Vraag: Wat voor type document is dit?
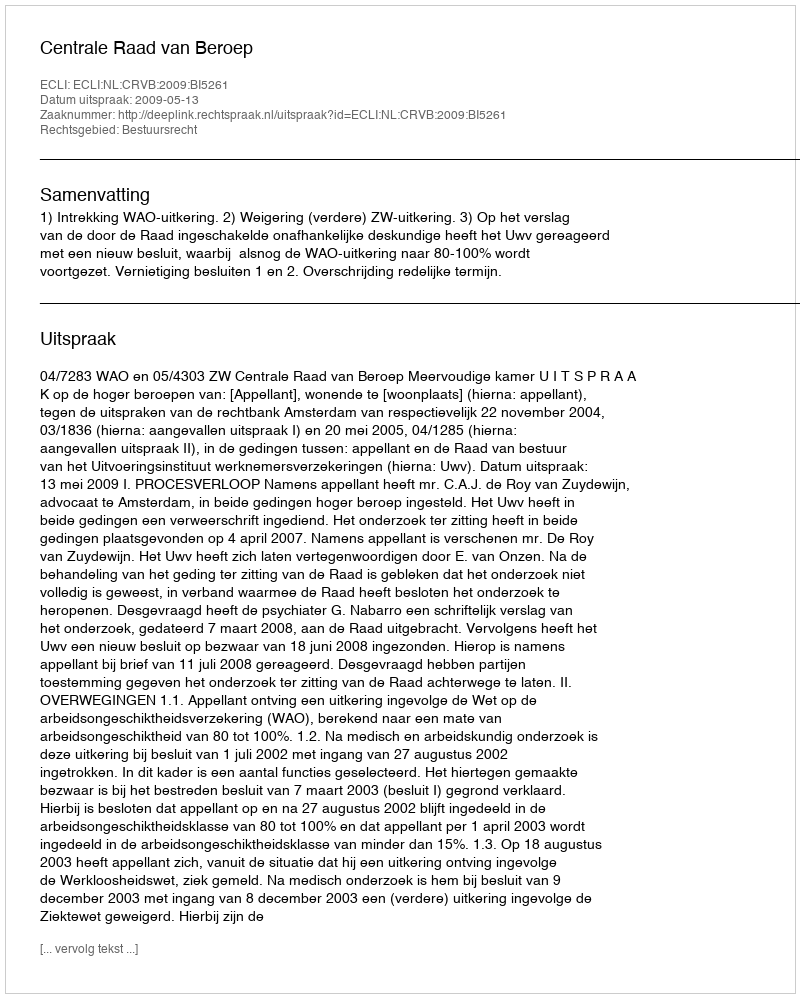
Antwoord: Uitspraak